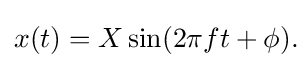
x(t)=X\sin(2\pi ft+\phi ).\!